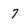
Character: 7